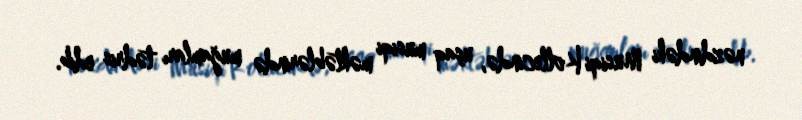
nəzdindəki Musiqi Kollecində, uşaq musiqi məktəblərində muğamları tədris edib.